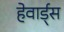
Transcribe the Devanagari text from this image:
हेवार्ड्स